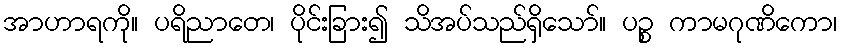
အာဟာရကို။ ပရိညာတေ၊ ပိုင်းခြား၍ သိအပ်သည်ရှိသော်။ ပဉ္စ ကာမဂုဏိကော၊